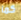
كما